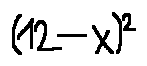
( 1 2 - x ) ^ { 2 }